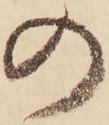
の